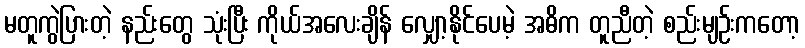
မတူကွဲပြားတဲ့ နည်းတွေ သုံးပြီး ကိုယ်အလေးချိန် လျှော့နိုင်ပေမဲ့ အဓိက တူညီတဲ့ စည်းမျဉ်းကတော့